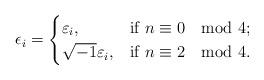
LaTeX: \begin{align*} \epsilon_i=\begin{cases} \varepsilon_i, & \mbox{if}\ n\equiv 0 \mod 4;\\ \sqrt{-1}\varepsilon_i, & \mbox{if}\ n\equiv 2 \mod 4. \end{cases}\end{align*}